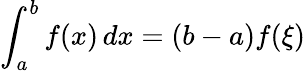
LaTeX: \int_{a}^{b}f(x)\, dx=(b-a)f(\xi)